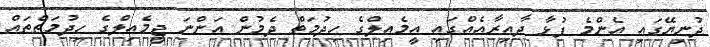
ދުނިޔޭގައި އެންމެ ފުޅާ ދާއިރާއެއްގައި އީމެއިލްގެ ހިދުމަތް ދެމުން އަންނަ ޖީމެއިލްގެ ހިދުމަތްތައް